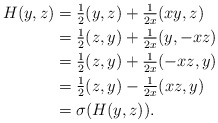
\begin{align*}H(y,z) &= \tfrac{1}{2}(y,z) + \tfrac{1}{2x}(xy,z) \\ &= \tfrac{1}{2}(z,y) + \tfrac{1}{2x}(y,-xz) \\ &= \tfrac{1}{2}(z,y) + \tfrac{1}{2x}(-xz,y) \\ &= \tfrac{1}{2}(z,y) - \tfrac{1}{2x}(xz,y) \\ &= \sigma(H(y,z)).\end{align*}